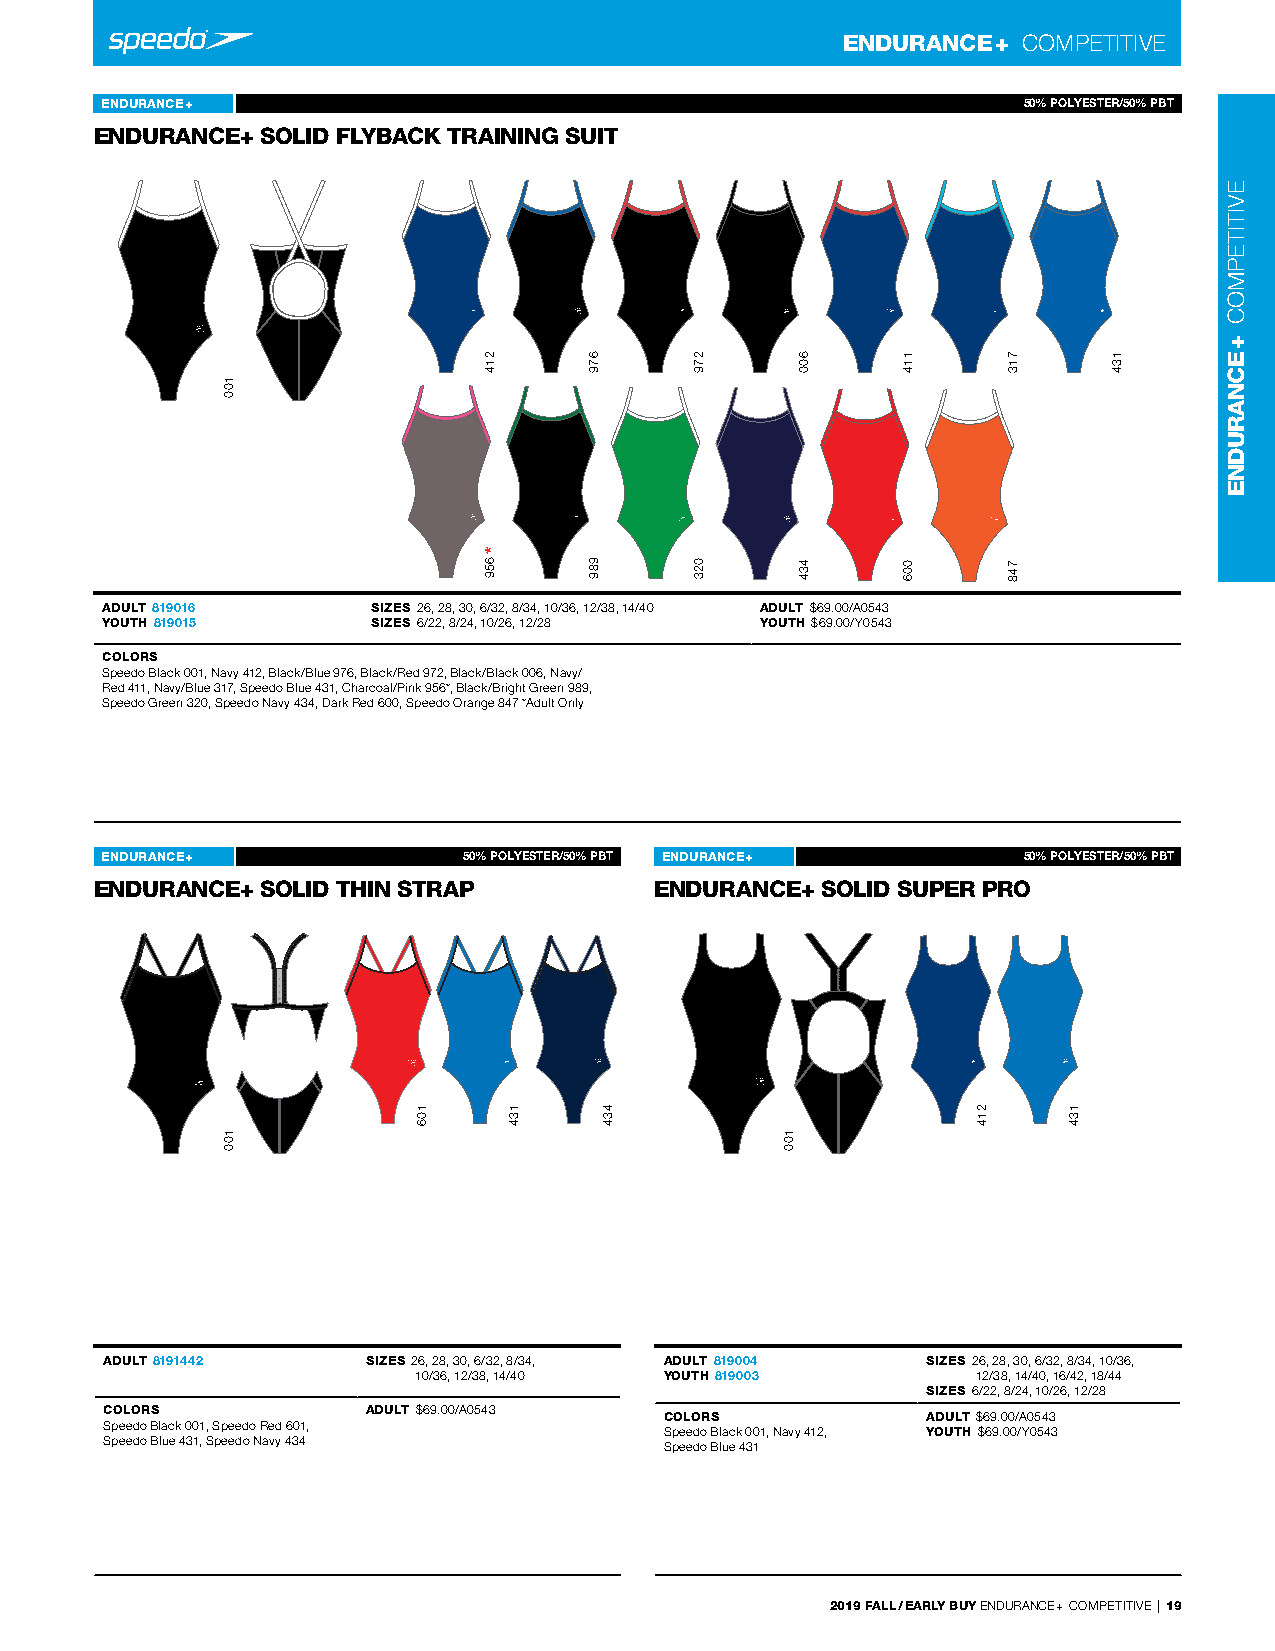
ENDURANCE + COMPeTITIVe
 ENDURANCE +                                              Endurance+ 5801%90 1P6OLYESTER/50% PBT
 ENDURANCE+ SOLID FLYBACK TRAINING S- UIT
 ADULT 819016      SIZES 26, 28, 30, 6/32, 8/34, 10/36, 12/38, 14/40 ADULT $69.00/A0543
 YOUTH 819015      SIZES 6/22, 8/24, 10/26, 12/28 YOUTH $69.00/Y0543
 COLORS
 Speedo Black 001, navy 412, Black/Blue 976, Black/red 972, Black/Black 006, navy/
 red 411, navy/Blue 317, Speedo Blue 431, Charcoal/Pink 956*, Black/Bright Green 989,
 Speedo Green 320, Speedo navy 434, dark red 600, Speedo Orange 847 *Adult Only
 ENDURANCE +        Endurance+ 58109%14 P4O2LYESTER/50% PBT ENDURANCE + Endurance+ 5801%90 0P4OLYESTER/50% PBT
 ENDURANCE+ SOLID TH- IN STRAP        ENDURANCE+ SOLID SU- PER PRO
 -                                    -
 ADULT 8191442    SIZES 26, 28, 30, 6/32, 8/34, ADULT 819004 SIZES 26, 28, 30, 6/32, 8/34, 10/36,
 10/36, 12/38, 14/40 YOUTH 819003      12/38, 14/40, 16/42, 18/44
 SIZES 6/22, 8/24, 10/26, 12/28
 COLORS           ADULT $69.00/A0543  COLORS           ADULT $69.00/A0543
 Speedo Black 001, Speedo red 601,    Speedo Black 001, navy 412, YOUTH $69.00/Y0543
 Speedo Blue 431, Speedo navy 434     Speedo Blue 431
 2019 FALL / EARLY BUY endUrAnCe + COMPeTITIVe | 19
 100
 100
 106
 214
 *
 659
 134
 679
 989
 434
 279
 023
 100
 600
 434
 114
 006
 214
 713
 748
 134
 134
 eVITITePMOC
 +
 ECNARUDNE